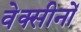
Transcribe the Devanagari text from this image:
वेक्सीनों